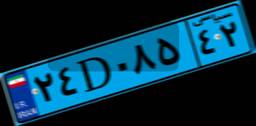
۲۴D۰۸۵۴۲